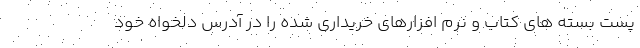
پست بسته های کتاب و نرم افزارهای خریداری شده را در آدرس دلخواه خود